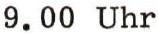
9.00 Uhr